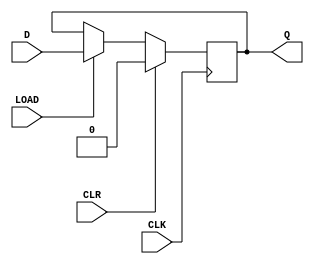
module synchronous_load_dff (
  input D,
  input CLK,
  input CLR,
  input LOAD,
  output reg Q
);

always @(posedge CLK) begin
  if (CLR) begin
    Q <= 1'b0;
  end else if (LOAD) begin
    Q <= D;
  end
end

endmodule